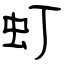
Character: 虰